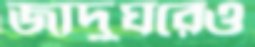
জাদুঘরেও